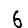
Digit: 6